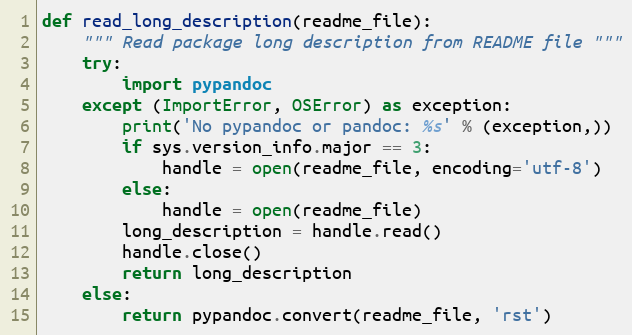
Language: Python
def read_long_description(readme_file):
    """ Read package long description from README file """
    try:
        import pypandoc
    except (ImportError, OSError) as exception:
        print('No pypandoc or pandoc: %s' % (exception,))
        if sys.version_info.major == 3:
            handle = open(readme_file, encoding='utf-8')
        else:
            handle = open(readme_file)
        long_description = handle.read()
        handle.close()
        return long_description
    else:
        return pypandoc.convert(readme_file, 'rst')